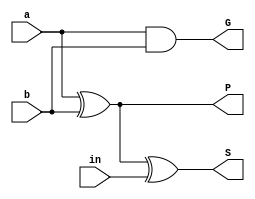
`timescale 1ns / 1ps
//////////////////////////////////////////////////////////////////////////////////
// Anurat Bhattacharya : 19CS10071
// Sunanda Mandal : 19CS10060
// 
// Design Name: 
// Module Name:    CLA 
// Project Name: 
// Target Devices: 
// Tool versions: 
// Description: 
//
// Dependencies: 
//
// Revision: 
// Revision 0.01 - File Created
// Additional Comments: 
//
//////////////////////////////////////////////////////////////////////////////////
module CLA(
    input a,
    input b,
    input in,
    output S,
    output G,
    output P
    );
	 
	xor G1(P,a,b);//Propagate
	and G2(G,a,b);//Generate
	xor G0(S,P,in);//Sum Bit
	

endmodule